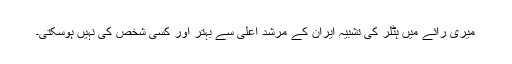
میرى رائے میں ہٹلر کى تشبیہ ایران کے مرشد اعلى سے بہتر اور کسى شخص کى نہیں ہوسکتى۔